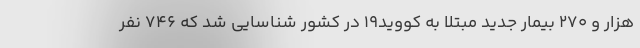
هزار و ۲۷۰ بیمار جدید مبتلا به کووید۱۹ در کشور شناسایی شد که ۷۴۶ نفر